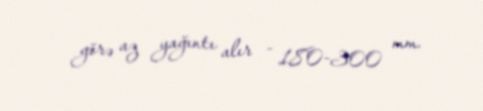
görə az yağıntı alır - 180-300 mm.